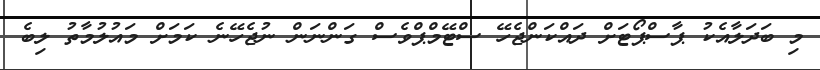
މި ބަދަލާއެކު ޕާސްޕޯޓަށް ދައްކަންޖެހޭ ސްޓޭމްޕްވެސް ގަންނަން ނުޖެހޭނެ ކަމަށް މައުލުމާތު ލިބެ